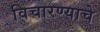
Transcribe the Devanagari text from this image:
विचारण्याचे